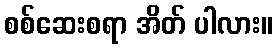
စစ်ဆေးစရာ အိတ် ပါလား။